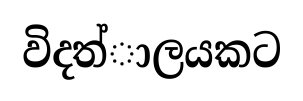
විදත්ාලයකට